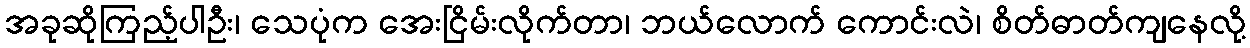
အခုဆိုကြည့်ပါဦး၊ သေပုံက အေးငြိမ်းလိုက်တာ၊ ဘယ်လောက် ကောင်းလဲ၊ စိတ်ဓာတ်ကျနေလို့